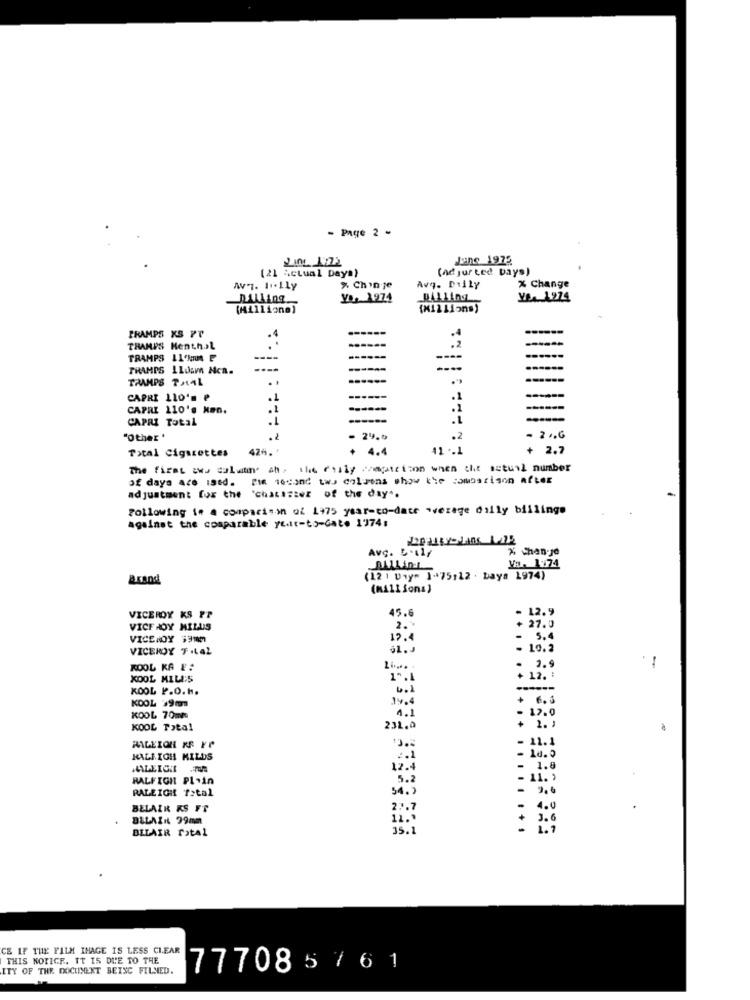
- Page 2 -
June 1975
(21 Actual Days)
(ad jur ted Days)
AT. I.LLy
% Chinge
Avq. DILY
% Change
DAlling
YA, 1974
BALLING
Ve. 1224
(Millions)
(M12 Lions)
FRAMPS KS PT
TRAMPS Henth.>L
.2
TRAMPS 11'NIN P
------
----
THAMES 110cm Hca.
TRAMPS THAL
CAPRI 110's e
1
.1
CAPRI 110's Man.
CAPRI Total
"Other '
. 2
29.9
.2
- 2 .. G
Total Cigarettes
424. '
+ 4.4
11 .. 1
+ 2.7
The first aws salwan. ah, the cusly "Mapatetion when the seturl number
of days are ised. Pif tocand two columns show the somostison after
adjustment for the 'chatister of the day".
Following is a comparison of 1475 year-to-date average dilly billings
against the comparable yurt-to-Gate 1974:
Avg. 5.il/
X Chan-je
Va. 1974
Brand
(12 ) Uny- 1-75,12 . baya 1974)
(Millions)
- 12.9
VICEROY KS PP
45.
VICE HOY MILUS
2 .
+ 27.0
VICEROY 391M
19 4
5.4
VICEROY 7 .LA2
- 10.2
.
KOOL KA E:
-
KOOL MILLS
1".
+ 12.
KOOL P.O. H.
. 6.3
KOOL $9m
17.0
KOOL 70mm
4.1
KOOL Total
231.0
11.1
HALL.ICH MILDS
20.0
12.4
1.8
RALFICH PL.in
5.2
11.>
2.6
RALEIGH Total
54.
BELAIR KS FT
2.7
4.0
DILAIN 99mm
3.6
BLLAIR PotAl
..........
1.7
CE IF THE FILM IMAGE IS LESS CLEAR
THIS NOTICE. IT IS DUE TO THE
ITY OF THE DOCUMENT BEISC FILMED.
77708 :
576 1